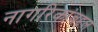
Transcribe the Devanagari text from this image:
नागरिकांबद्दल